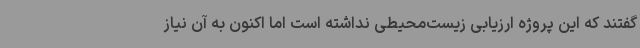
گفتند که این پروژه ارزیابی زیست‌محیطی نداشته است اما اکنون به آن نیاز